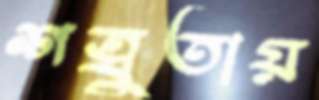
শত্রুতায়